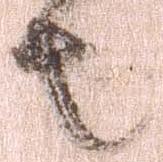
者